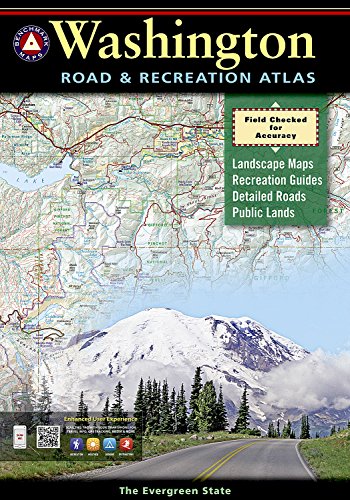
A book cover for Washington Road & Recreation Atlas (Benchmark Map: Washington Road & Recreation Atlas); Reference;